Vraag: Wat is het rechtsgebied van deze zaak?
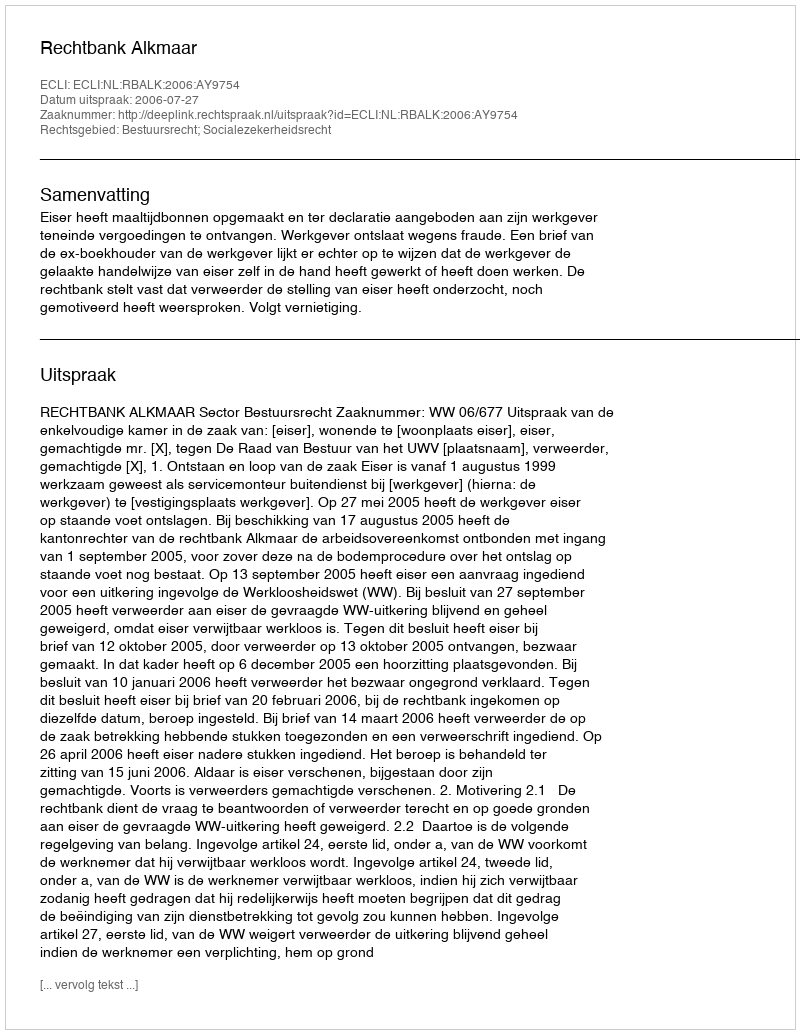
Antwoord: Bestuursrecht; Socialezekerheidsrecht